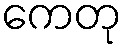
ကေတု